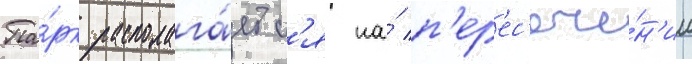
Па́рк располага́етс'я на́ п'ер'ес'ече́н'ии